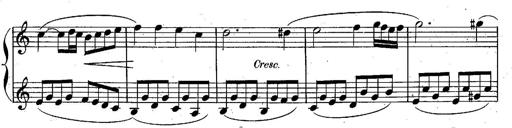
Title: Piano Sonatine
Composer: Jacques-Louis Battmann